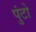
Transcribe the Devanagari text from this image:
पुंटो